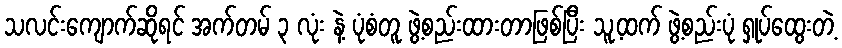
သလင်းကျောက်ဆိုရင် အက်တမ် ၃ လုံး နဲ့ ပုံစံတူ ဖွဲ့စည်းထားတာဖြစ်ပြီး သူ့ထက် ဖွဲ့စည်းပုံ ရှုပ်ထွေးတဲ့